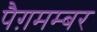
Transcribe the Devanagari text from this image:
पैग़मम्बर